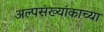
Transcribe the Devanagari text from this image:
अल्पसंख्यांकाच्या